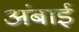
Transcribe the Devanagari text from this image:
अंबाई